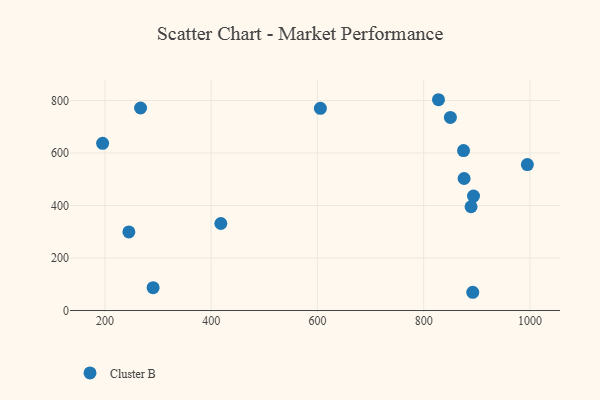
{"axis": {"x": "Engine Size", "y": "Exam Score"}, "legend": ["Cluster B"], "data": [{"x": "889.2", "y": 395.2, "type": "Cluster B"}, {"x": "893.8", "y": 435.9, "type": "Cluster B"}, {"x": "995.2", "y": 555.9, "type": "Cluster B"}, {"x": "290.7", "y": 86.9, "type": "Cluster B"}, {"x": "195.7", "y": 636.8, "type": "Cluster B"}, {"x": "875.0", "y": 609.1, "type": "Cluster B"}, {"x": "827.9", "y": 802.9, "type": "Cluster B"}, {"x": "267.1", "y": 771.3, "type": "Cluster B"}, {"x": "418.2", "y": 331.4, "type": "Cluster B"}, {"x": "876.1", "y": 502.8, "type": "Cluster B"}, {"x": "892.4", "y": 69.5, "type": "Cluster B"}, {"x": "850.3", "y": 735.5, "type": "Cluster B"}, {"x": "245.1", "y": 299.2, "type": "Cluster B"}, {"x": "605.6", "y": 770.3, "type": "Cluster B"}]}